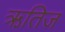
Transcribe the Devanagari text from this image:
ऋतिज